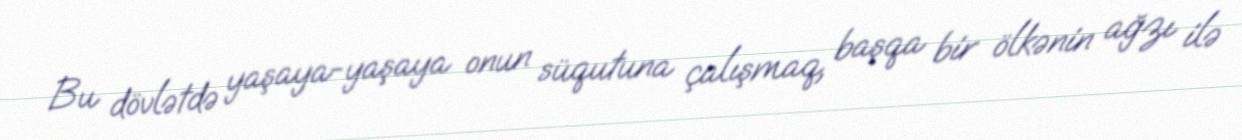
Bu dövlətdə yaşaya-yaşaya onun süqutuna çalışmaq, başqa bir ölkənin ağzı ilə